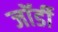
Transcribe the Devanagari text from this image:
जॉर्डी